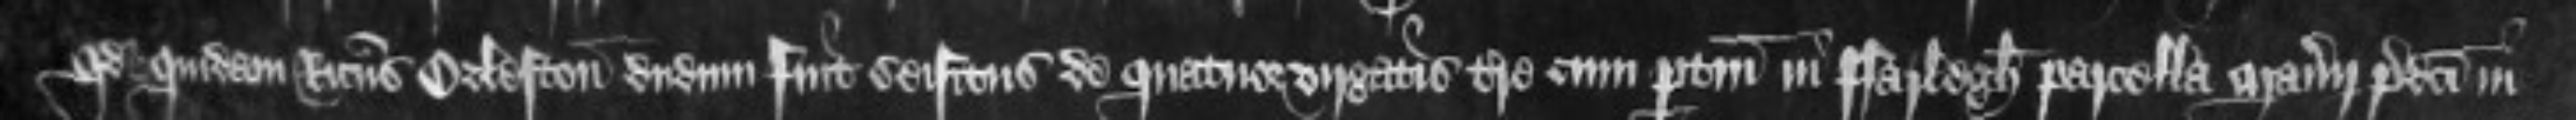
quod quidam Ricardus Orleston dudum fuit seisitus de quatuor virgatis terre cum pertinenciis in Farlegh parcella manerii predicti in